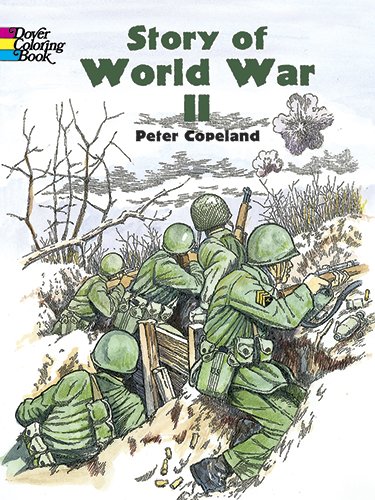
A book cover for Story of World War II (Dover History Coloring Book); Children's Books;